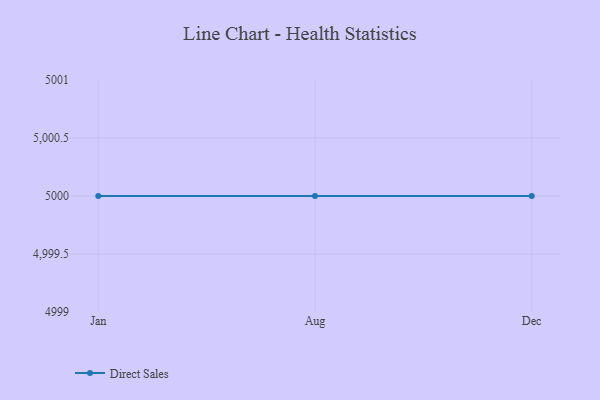
{"axis": {"x": "Month", "y": "Energy Usage (MWh)"}, "legend": ["Direct Sales"], "data": [{"x": "Jan", "y": 5000, "type": "Direct Sales"}, {"x": "Aug", "y": 5000, "type": "Direct Sales"}, {"x": "Dec", "y": 5000, "type": "Direct Sales"}]}